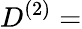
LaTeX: D^{(2)}=